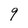
Character: 9